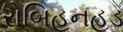
રોબિહનહૂડ